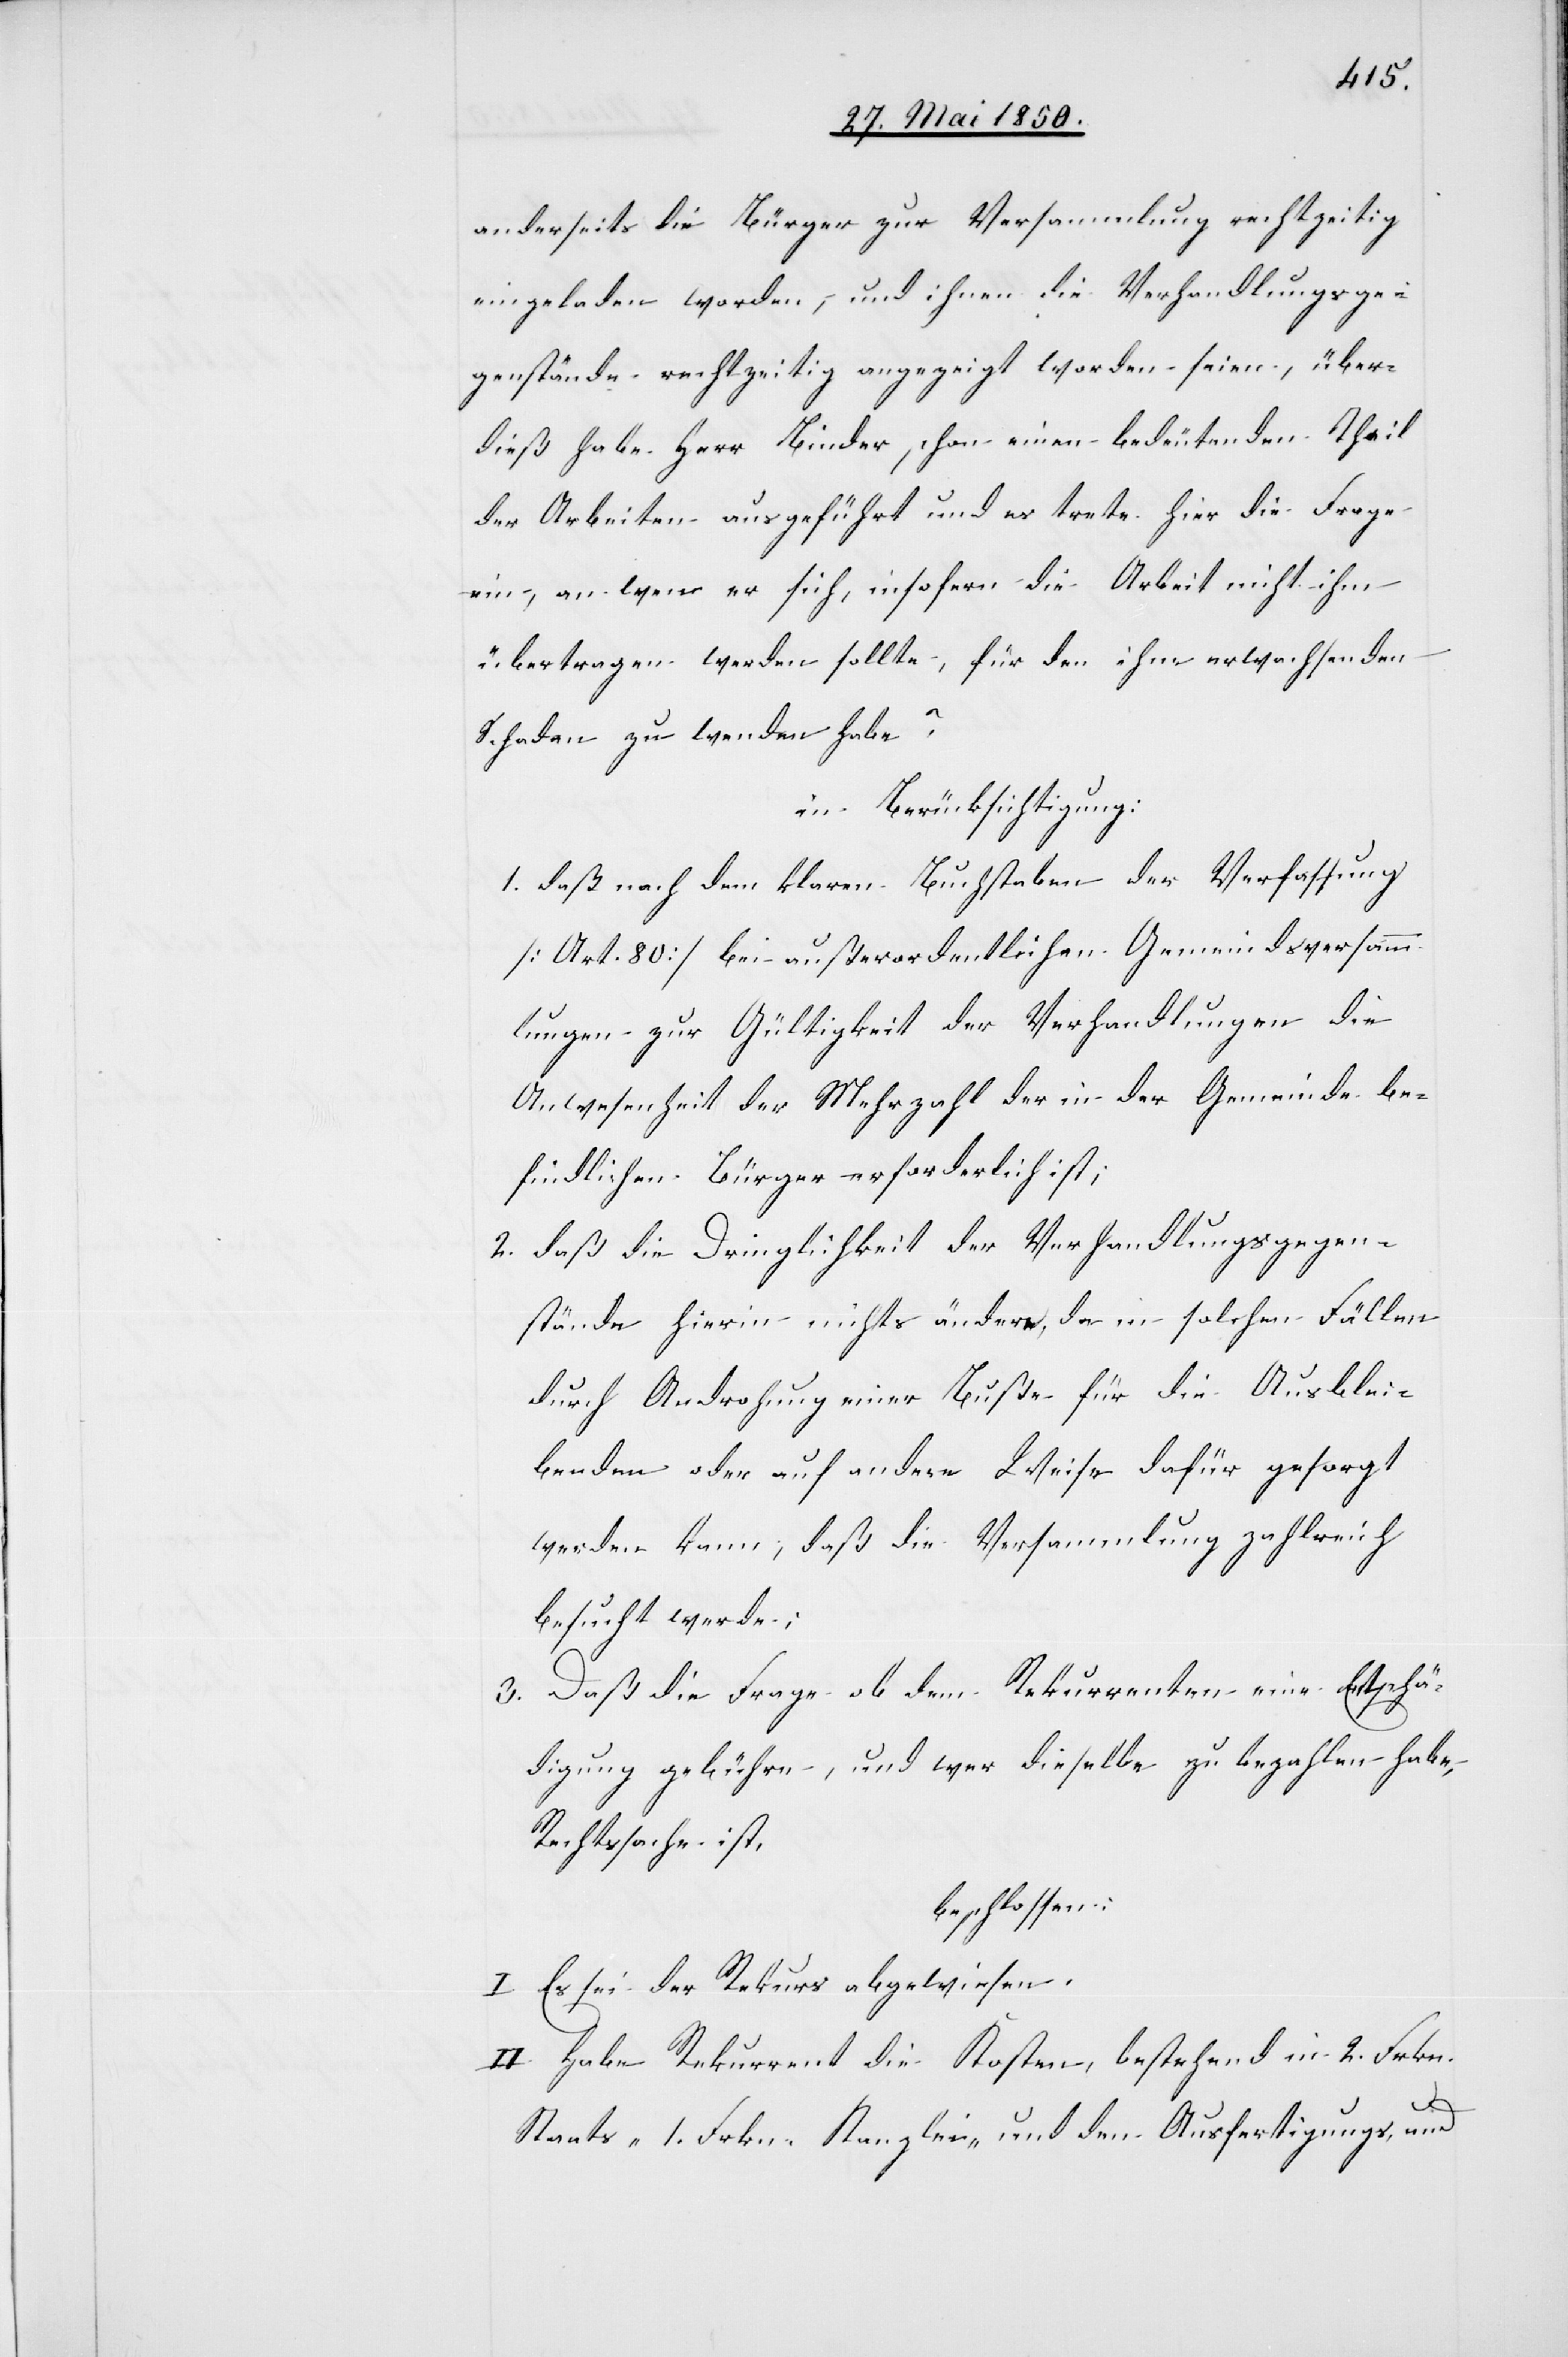
anderseits die Bürger zur Versammlung rechtzeitig
eingeladen worden, und ihnen die Verhandlungsge¬
genstände rechtzeitig angezeigt worden seien, über¬
dieß habe Herr Binder schon einen bedeutenden Theil
der Arbeiten ausgeführt und es trete hier die Frage
ein, an wen er sich, insofern die Arbeit nicht ihm
übertragen werden sollte, für den ihm erwachsenden
Schaden zu wenden habe?
in Berücksichtigung:
1. daß nach dem klaren Buchstaben der Verfassung
[Art. 80] bei außerordentlichen Gemeindsversamm¬
lungen zur Gültigkeit der Verhandlungen die
Anwesenheit der Mehrzahl der in der Gemeinde be¬
findlichen Bürger erforderlich ist;
2. daß die Dringlichkeit der Verhandlungsgegen¬
stände hierin nichts ändere, da in solchen Fällen
durch Androhung einer Buße für die Ausblei¬
benden oder auf andere Weise dafür gesorgt
werden kann, daß die Versammlung zahlreich
besucht werde;
3. Daß die Frage ob dem Rekurrenten eine Entschä¬
digung gebühre, und wer dieselbe zu bezahlen habe,
Rechtssache ist,
beschlossen:
I. Es sei der Rekurs abgewiesen.
II. Habe Rekurrent die Kosten, bestehend in 2. Frkn.
Staats-[,] 1. Frkn. Kanzlei- und den Ausfertigungs- und